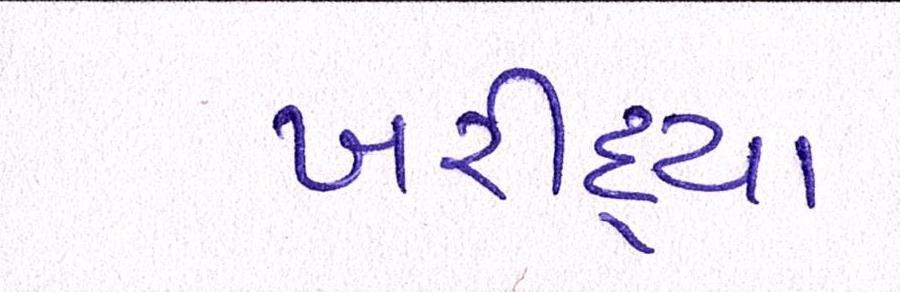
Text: ખરીદ્યા